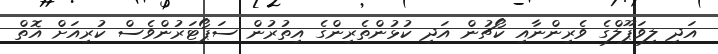
އަދި ލިވަޕޫލްގެ ވެރިންނާއި ކޯޗުން އަދި ކުޅުންތެރިންގެ އިތުރުން ސަޕޯޓަރުންވެސް ކުރިއަށް އޮތް